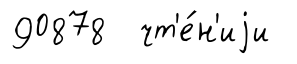
90878 чт'е́н'иjи